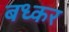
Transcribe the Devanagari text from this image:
बध्कर